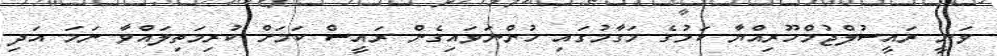
ވަނީ ރައީސުލްޖުމްހޫރިއްޔާ ކަމުގެ މަގާމުގައި ހުންނަވައިގެން ރައީސް ކަމަށް ކުރިމަތިލައްވާ ނަމަ އަދި